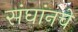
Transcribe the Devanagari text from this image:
संघांनचे